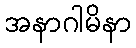
အနာဂါမိနာ